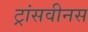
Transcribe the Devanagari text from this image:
ट्रांसवीनस